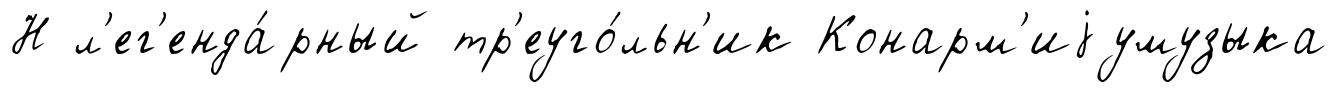
Н л'ег'енда́рный тр'еуго́льн'ик Конарм'иjумузыка